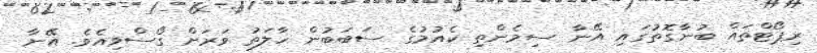
ރިޕޯޓްތައް ބުނާގޮތުގައި އޭނާ ސިމެންތި ކެއުމުގެ ސަބަބުން ހާލަތު ވަރަށް ގޯސްވިއެވެ. އޭނާ